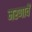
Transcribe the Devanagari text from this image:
मरणाचें